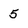
Character: 5